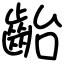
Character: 齝